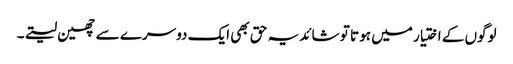
لوگوں کے اختیار میں ہو تا تو شائد یہ حق بھی ایک دوسرے سے چھین لیتے۔